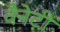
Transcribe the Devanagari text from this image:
वैनेटी